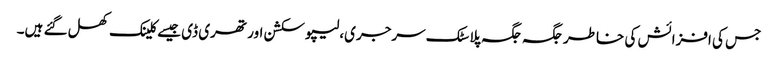
جس کی افزائش کی خاطر جگہ جگہ پلاسٹک سرجری،لیپو سکشن اور تھری ڈی جیسے کلینک کھل گئے ہیں۔